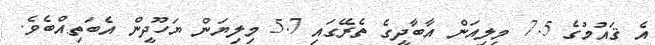
އެ ޤައުމުގެ 7.5 މިލިއަން އާބާދީގެ ތެރޭގައި 5.7 މިލިޔަން ޔަހޫދީން އެބަތިއްބެވެ.